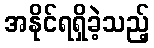
အနိုင်ရရှိခဲ့သည့်